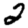
Digit: 2